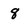
Character: 8